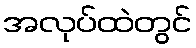
အလုပ်ထဲတွင်